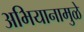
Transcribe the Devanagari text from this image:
अभियानामुळे